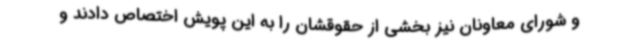
و شورای معاونان نیز بخشی از حقوقشان را به این پویش اختصاص دادند و